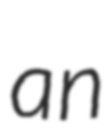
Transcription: an